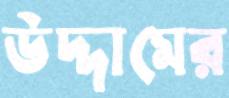
উদ্দামের